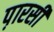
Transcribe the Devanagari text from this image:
प़ारसी